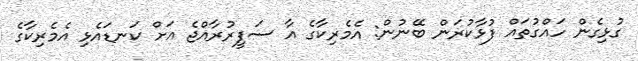
ގުޅިގެން ހައްގުތައް ފުޅާކުރަން ބޭނުން: އެމެރިކާގެ އާ ސަފީރުރާއްޖެ އަށް ކަނޑައެޅި އެމެރިކާގެ